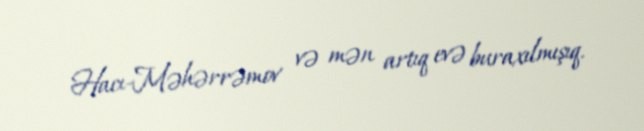
Hacı-Məhərrəmov və mən artıq evə buraxılmışıq.